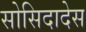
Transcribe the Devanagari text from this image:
सोसिदादेस